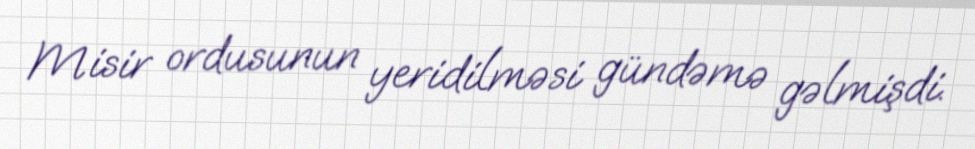
Misir ordusunun yeridilməsi gündəmə gəlmişdi.